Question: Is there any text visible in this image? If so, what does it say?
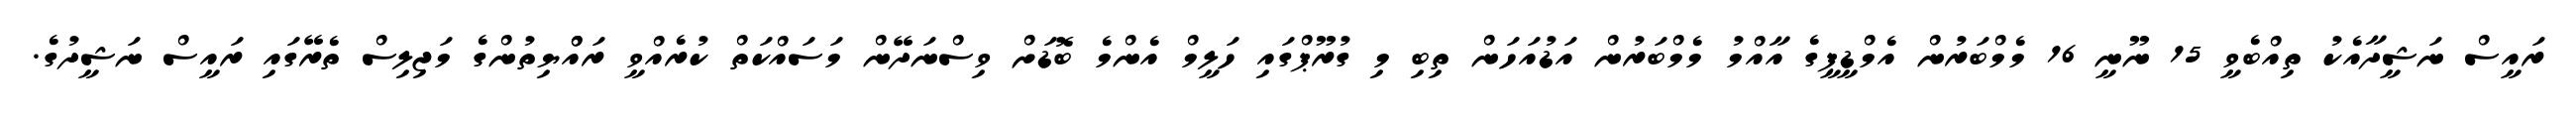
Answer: ރައީސް ނަޝީދާއެކު ތިއްބެވީ 15 ނޫނީ 16 މެމްބަރުން އެމްޑީޕީގެ އާއްމު މެމްބަރުން އަޑުއަހަން ތިބި މި ގުރޫޕްގައި ހަލީމް އެންމެ ބޮޑަށް ވިސްނަދޭން މަސައްކަތް ކުރެއްވީ ރައްްޔިތުންގެ މަޖިލިސް ތެރޭގައި ރައީސް ނަޝީދުގެ.